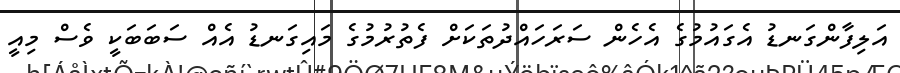
އަލިފާންގަނޑު އެގައުމުގެ އެހެން ސަރަހައްދުތަކަށް ފެތުރުމުގެ މައިގަނޑު އެއް ސަބަބަކީ ވެސް މިއީ